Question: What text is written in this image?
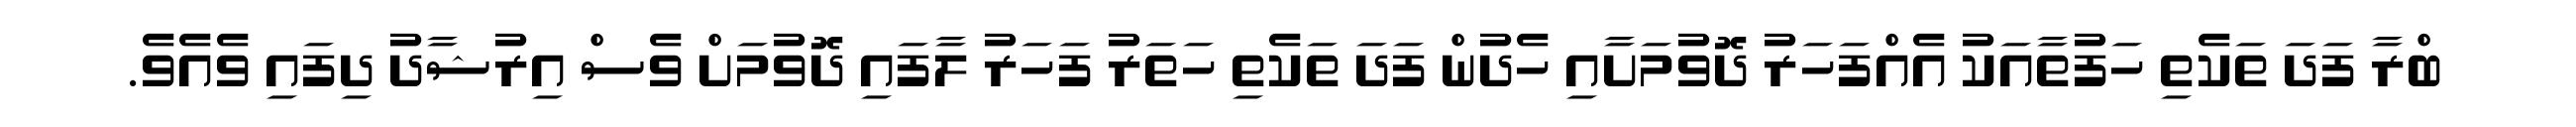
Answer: ބްރާ ފަދަ ތަކެތި ހަފުތާއަކު އެއްފަހަރު ދޮވުމަށާއި ހެދުން ފަދަ ތަކެތި ހަތަރު ފަހަރު ލާފައި ދޮވުމަށް ވެސް އިރުޝާދު ދިފައި ވެއެވެ.